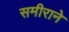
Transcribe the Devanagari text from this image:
समीराने